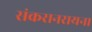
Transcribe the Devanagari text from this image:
संकरानरायना